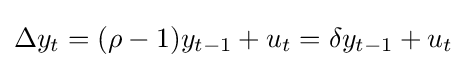
\Delta y_{t}=(\rho -1)y_{t-1}+u_{t}=\delta y_{t-1}+u_{t}